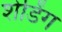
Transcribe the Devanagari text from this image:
शेडिंग